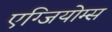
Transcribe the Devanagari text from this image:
एग्जियोम्स